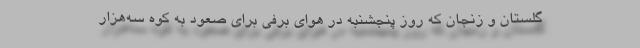
گلستان و زنجان که روز پنجشنبه در هوای برفی برای صعود به کوه سه‌هزار